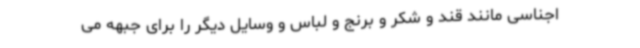
اجناسی مانند قند و شکر و برنج و لباس و وسایل دیگر را برای جبهه می